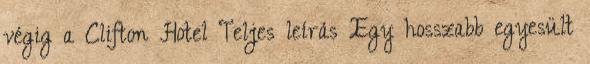
végig a Clifton Hotel Teljes leírás Egy hosszabb egyesült